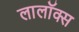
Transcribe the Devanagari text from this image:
लालॉक्स